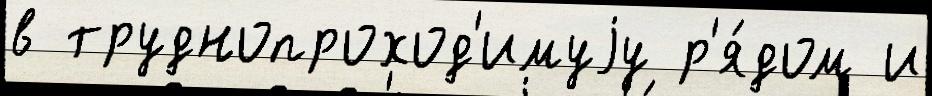
в труднопроход'имуjу р'я́дом и